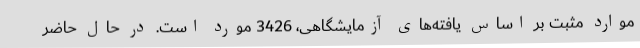
موارد مثبت بر اساس یافته‌های آزمایشگاهی، 3426 مورد است. در حال حاضر